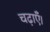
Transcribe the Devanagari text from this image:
चढ़ाएँ।